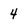
Character: 4